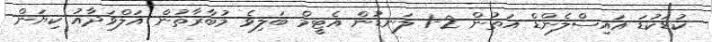
ކުޑަކުޑަ އައިސްލެންޑް އަތުން 2-1 ލަނޑުން އެޓީމް ބަލިވެ މުބާރާތުން އަލްވަދާއު ކިޔަން